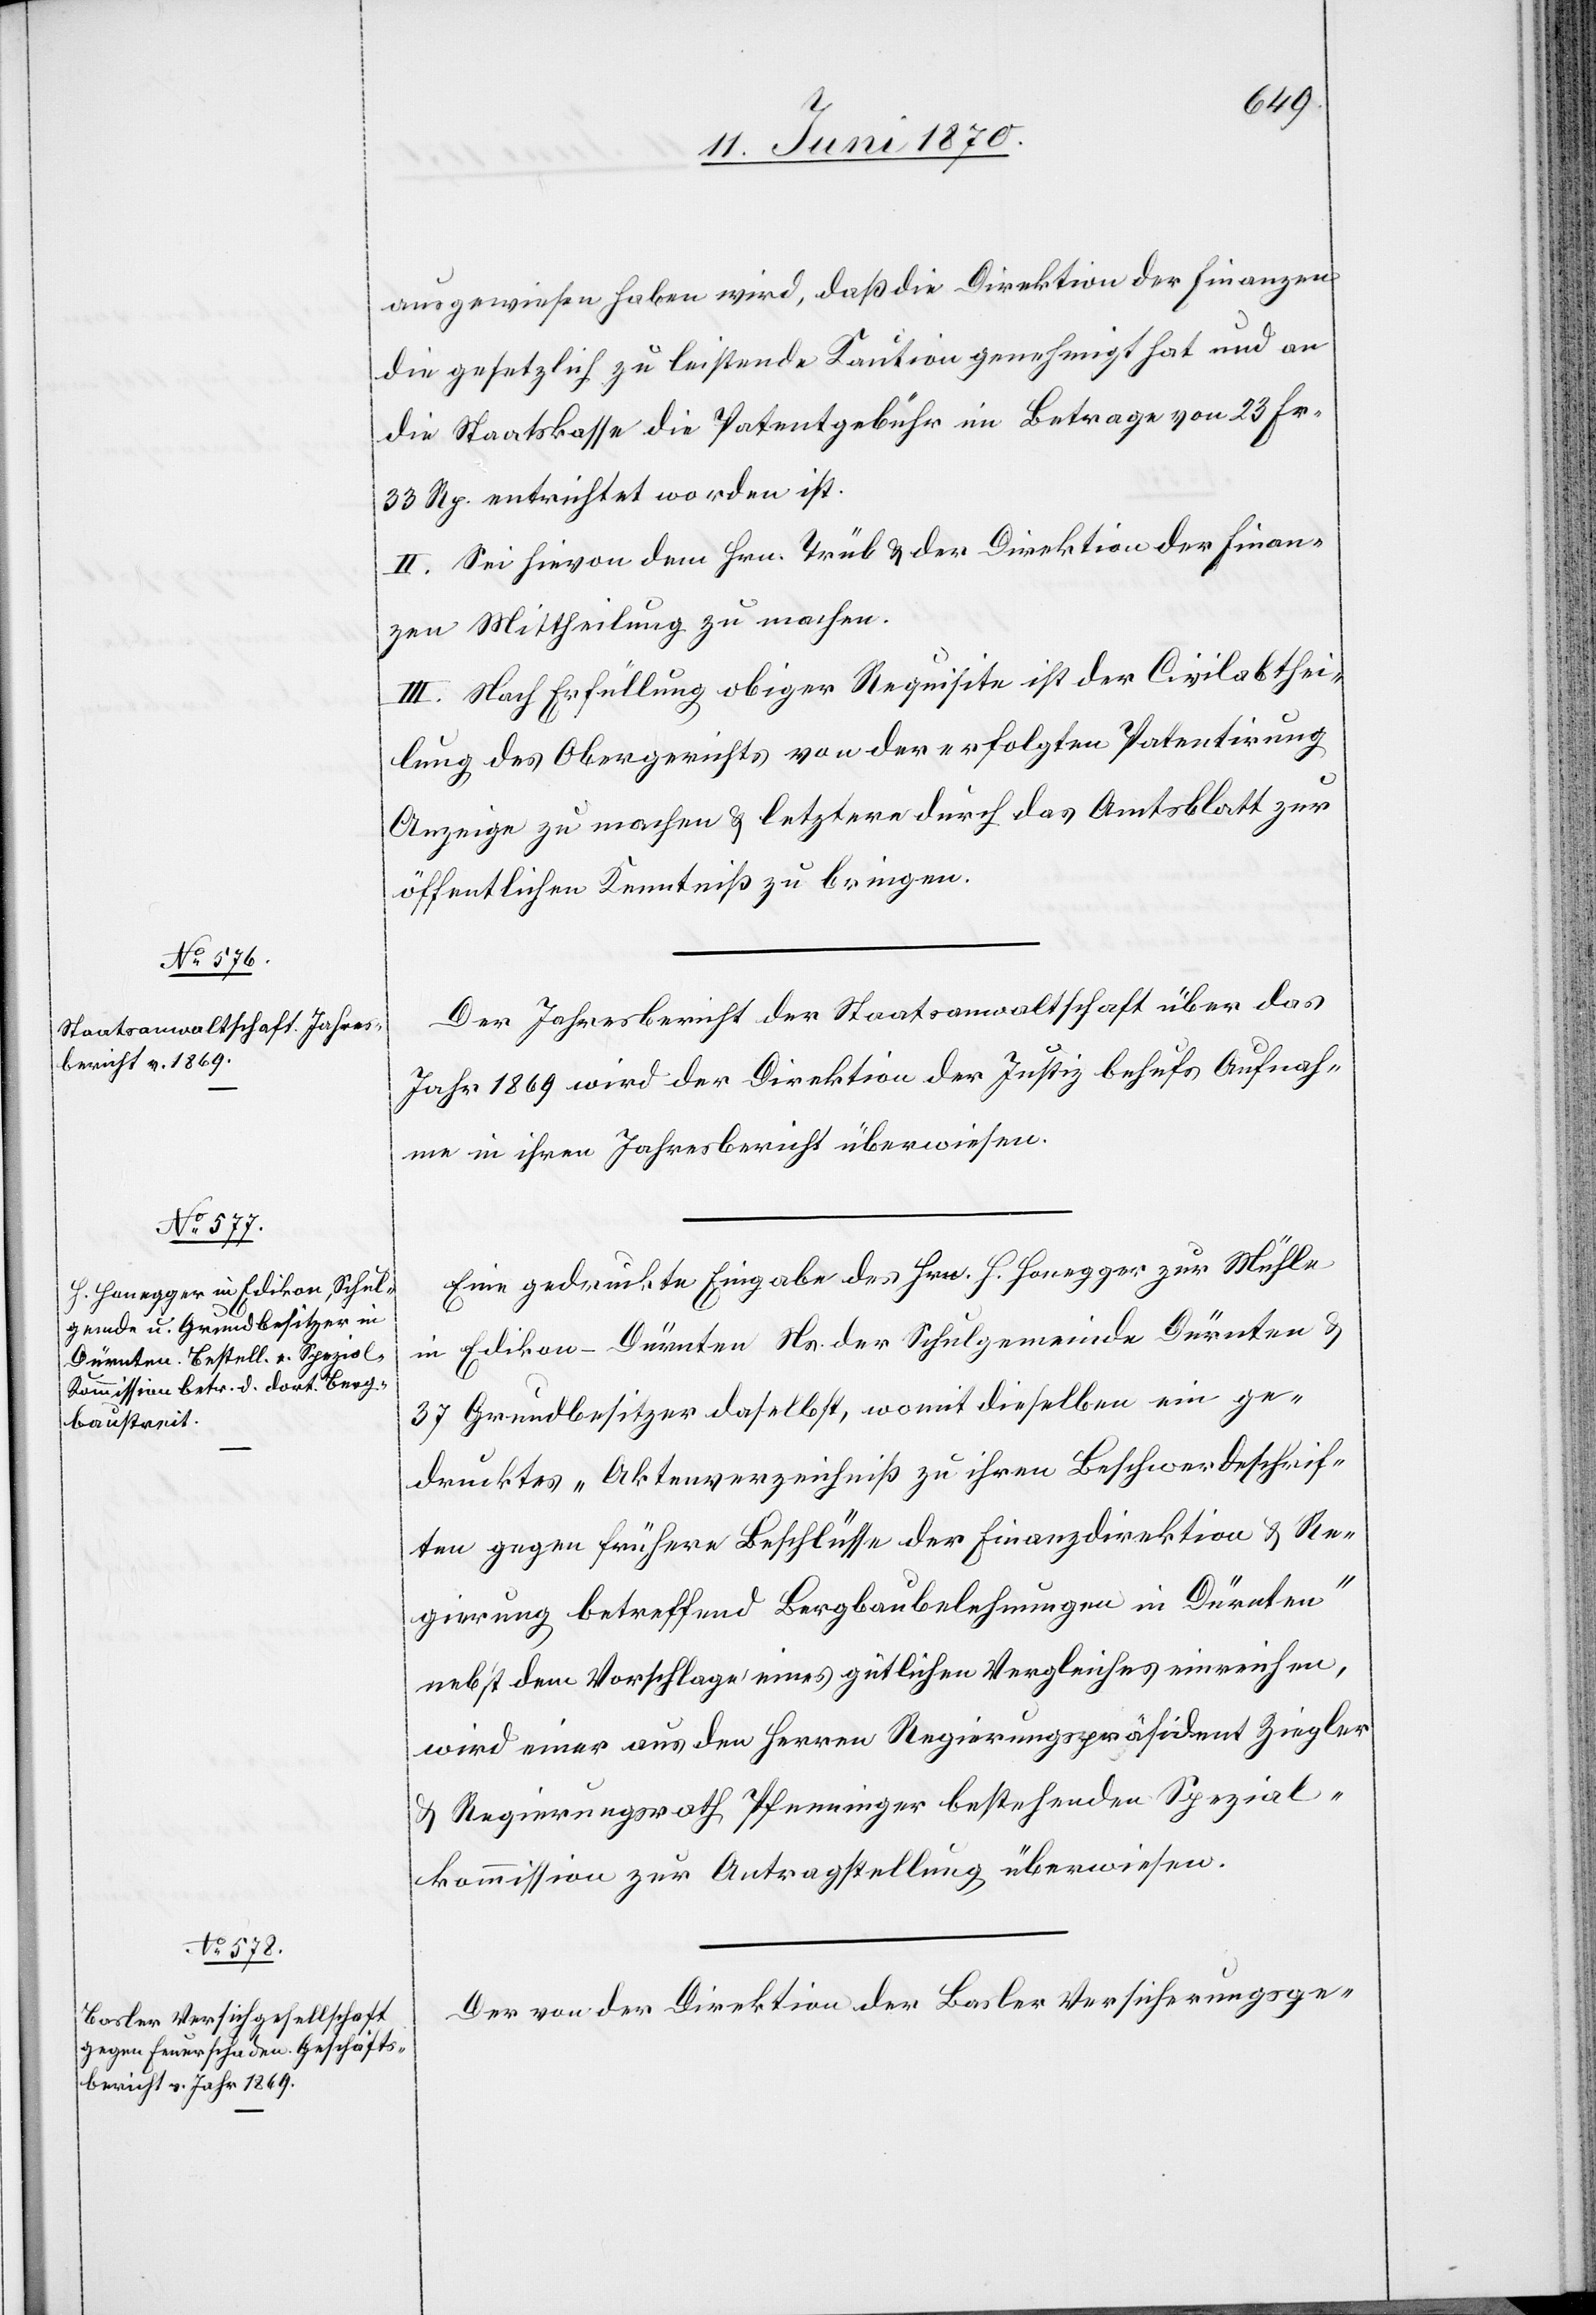
ausgewiesen haben wird, daß die Direktion der Finanzen
die gesetzlich zu leistende Kaution genehmigt hat und an
die Staatskasse die Patentgebühr im Betrage von 23. Fr.
33 Rp. entrichtet worden ist.
II. Sei hievon dem Hrn. Trüb & der Direktion der Finan¬
zen Mittheilung zu machen.
III. Nach Erfüllung obiger Requisite ist der Civilabthei¬
lung des Obergerichts von der erfolgten Patentirung
Anzeige zu machen & letztere durch das Amtsblatt zur
öffentlichen Kenntniß zu bringen.
Der Jahresbericht der Staatsanwaltschaft über das
Jahr 1869 wird der Direktion der Justiz behufs Aufnah¬
me in ihren Jahresbericht überwiesen.
Eine gedruckte Eingabe des Hrn. H. Honegger zur Mühle
in Edikon - Dürnten Ns. der Schulgemeinde Dürnten &
37 Grundbesitzer daselbst, womit dieselben ein ge¬
drucktes „Aktenverzeichniß zu ihren Beschwerdeschrif¬
ten gegen frühere Beschlüsse der Finanzdirektion & Re¬
gierung betreffend Bergbaubelehnungen in Dürnten“
nebst dem Vorschlage eines gütlichen Vergleiches einreichen,
wird einer aus den Herren Regierungspräsident Ziegler
& Regierungsrath Pfenninger bestehenden Spezial¬
kommission zur Antragstellung überwiesen.
Der von der Direktion der Basler Versicherungsge-